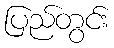
ပြည်တွင်း